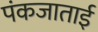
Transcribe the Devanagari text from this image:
पंकजाताई